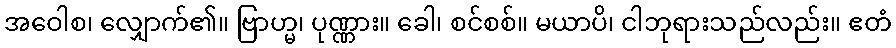
အဝေါစ၊ လျှောက်၏။ ဗြာဟ္မ၊ ပုဏ္ဏား။ ခေါ၊ စင်စစ်။ မယာပိ၊ ငါဘုရားသည်လည်း။ ဧတံ